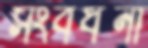
সংবর্ধনা